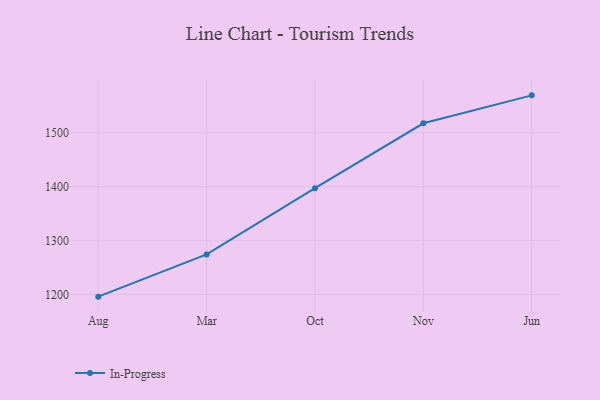
{"axis": {"x": "Month", "y": "Satisfaction Score"}, "legend": ["In-Progress"], "data": [{"x": "Aug", "y": 1195.9, "type": "In-Progress"}, {"x": "Mar", "y": 1274.4, "type": "In-Progress"}, {"x": "Oct", "y": 1397.4, "type": "In-Progress"}, {"x": "Nov", "y": 1517.8, "type": "In-Progress"}, {"x": "Jun", "y": 1569.7, "type": "In-Progress"}]}